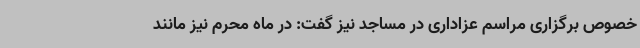
خصوص برگزاری مراسم عزاداری در مساجد نیز گفت: در ماه محرم نیز مانند